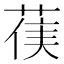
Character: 𮏻